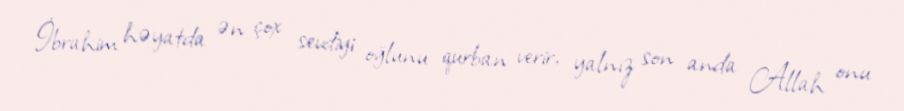
İbrahim həyatda ən çox sevdiyi oğlunu qurban verir, yalnız son anda Allah onu